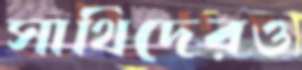
সাথিদেরও